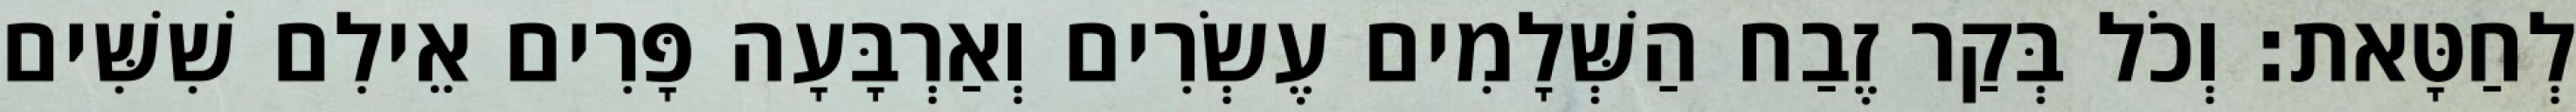
לְחַטָּאת׃ וְכֹל בְּקַר זֶבַח הַשְּׁלָמִים עֶשְׂרִים וְאַרְבָּעָה פָּרִים אֵילִם שִׁשִּׁים